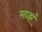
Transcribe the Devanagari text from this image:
माझ्ं